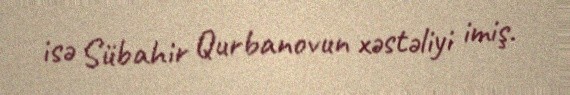
isə Sübahir Qurbanovun xəstəliyi imiş.